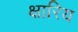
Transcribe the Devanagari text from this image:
क्षारिय